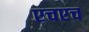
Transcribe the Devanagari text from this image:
एचएच